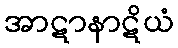
အာဋာနာဋိယံ